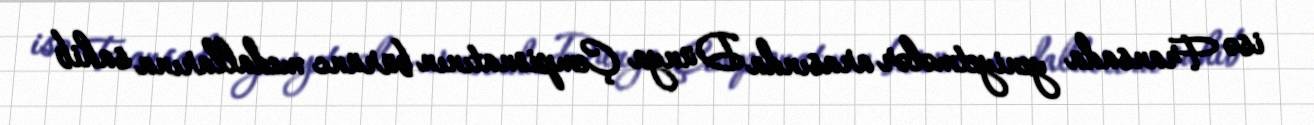
isə Fransada yeniyetmələr arasında Dünya Çempionatının bürünc medallarına sahib